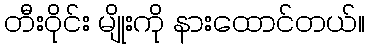
တီးဝိုင်း မျိုးကို နားထောင်တယ်။